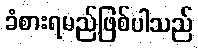
ခံစားရမည်ဖြစ်ပါသည်